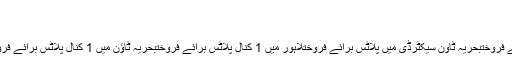
ماہانہ قسطPKR77.54 ہزار
قرض کی رقمPKR72.8 لاکھ
لاہور میں پلاٹس برائے فروختبحریہ ٹاؤن میں پلاٹس برائے فروختبحریہ ٹاؤن سیکٹرڈی میں پلاٹس برائے فروختلاہور میں 1 کنال پلاٹس برائے فروختبحریہ ٹاؤن میں 1 کنال پلاٹس برائے فروختبحریہ ٹاؤن سیکٹرڈی میں 1 کنال پلاٹس برائے فروخت